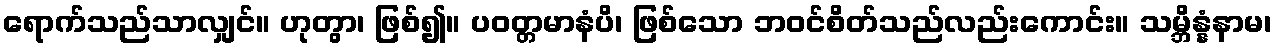
ရောက်သည်သာလျှင်။ ဟုတွာ၊ ဖြစ်၍။ ပဝတ္တမာနံပိ၊ ဖြစ်သော ဘဝင်စိတ်သည်လည်းကောင်း။ သမ္ဘိန္နံနာမ၊